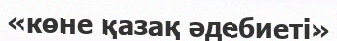
«көне қазақ әдебиеті»